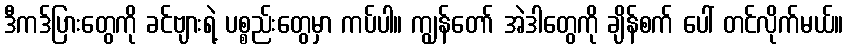
ဒီကဒ်ပြားတွေကို ခင်ဗျားရဲ့ ပစ္စည်းတွေမှာ ကပ်ပါ။ ကျွန်တော် အဲဒါတွေကို ချိန်စက် ပေါ် တင်လိုက်မယ်။